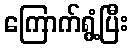
ကြောက်ရွံ့ပြီး